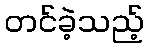
တင်ခဲ့သည့်